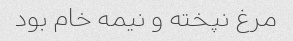
مرغ نپخته و نیمه خام بود